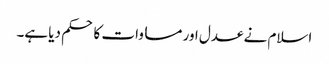
اسلام نے عدل اور مساوات کا حکم دیا ہے۔